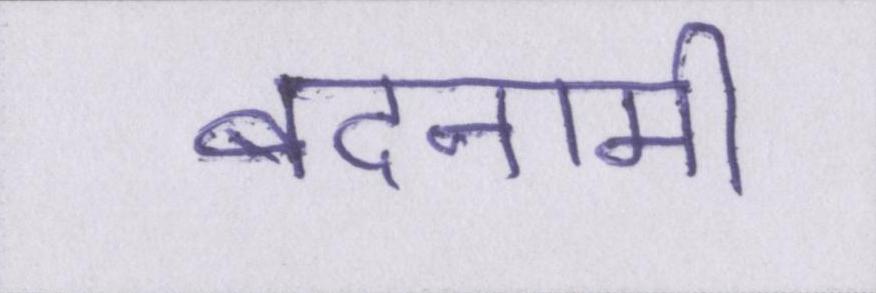
बदनामी